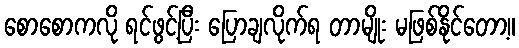
စောစောကလို ရင်ဖွင့်ပြီး ပြောချလိုက်ရ တာမျိုး မဖြစ်နိုင်တော့။